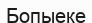
Бопыеке